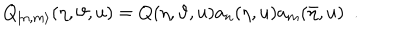
LaTeX: Q _ { | n , m \rangle } ( \eta , \vartheta , u ) = Q ( \eta , \vartheta , u ) a _ { n } ( \eta , u ) a _ { m } ( \bar { \eta } , u ) \, \, \, .